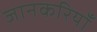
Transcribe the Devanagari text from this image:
जानकरियाँ